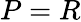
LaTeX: P=R